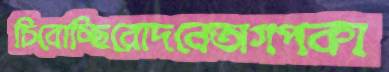
চিবোচ্ছিরোদনেঅগপকা